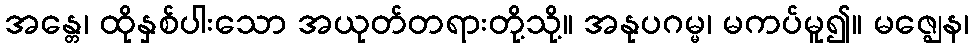
အန္တေ၊ ထိုနှစ်ပါးသော အယုတ်တရားတို့သို့။ အနုပဂမ္မ၊ မကပ်မူ၍။ မဇ္ဈေန၊